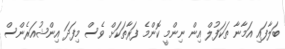
ބަލާފައި އަމާނާ ތަކަފުލް އިން ނިންމީ ކޮންމެ ފަރާތަކަށް ވެސް މިފަދަ އިންޝުއަރެންސް